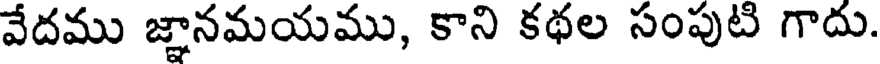
వేదము జ్ఞానమయము, కాని కథల సంపుటి గాదు.